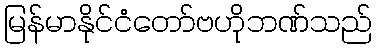
မြန်မာနိုင်ငံတော်ဗဟိုဘဏ်သည်